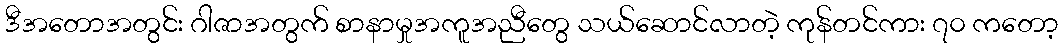
ဒီအတောအတွင်း ဂါဇာအတွက် စာနာမှုအကူအညီတွေ သယ်ဆောင်လာတဲ့ ကုန်တင်ကား ၇၀ ကတော့